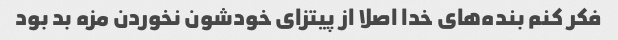
فکر کنم بنده‌های خدا اصلا از پیتزای خودشون نخوردن مزه بد بود